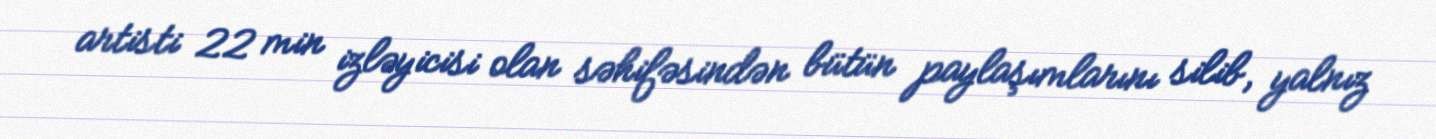
artisti 22 min izləyicisi olan səhifəsindən bütün paylaşımlarını silib, yalnız